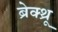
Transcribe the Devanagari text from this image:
ब्रेक्थ्रू